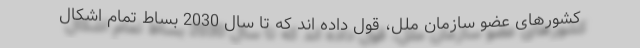
کشورهای عضو سازمان ملل، قول داده اند که تا سال 2030 بساط تمام اشکال